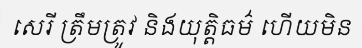
សេរី ត្រឹមត្រូវ និងយុត្តិធម៌ ហើយមិន